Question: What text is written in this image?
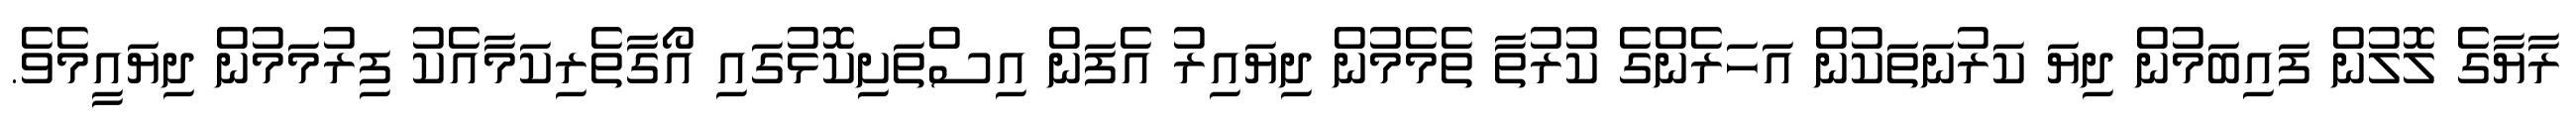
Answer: ރާޔާގެ ލޮލުން ފައިބަމުން ދިޔަ ކަރުނަތަކުން އަހަރެންގެ ކުރުތާ ތެމެމުން ދިޔައިރު އެފަން އިސްތަށިކޮޅުގައި އޯގާތެރިކަމާއެކު ފިރުމަމުން ދިޔައީމެވެ.